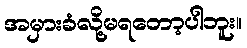
အမှားခံလို့မရတော့ပါဘူး။